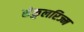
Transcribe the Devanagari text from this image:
सेकुलरिज्म